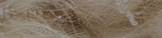
Best Prices